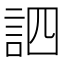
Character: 訵